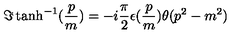
\Im \tanh ^ { - 1 } ( \frac { p } { m } ) = - i \frac { \pi } { 2 } \epsilon ( \frac { p } { m } ) \theta ( p ^ { 2 } - m ^ { 2 } )